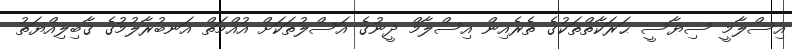
އިސްލާމީ ސިޔާސީ ޙަރަކާތްތަކުގެ ތެރެއިން އިސްލާމް ދީނުގެ އަސްލުތަކަށް އުއްމަތް އަނބުރާލުމުގެ ޤާބިލިއްޔަތު